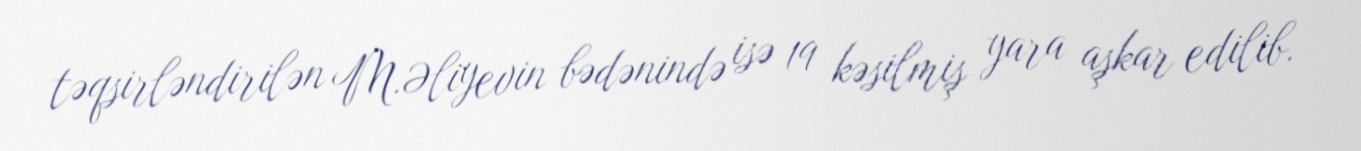
təqsirləndirilən M.Əliyevin bədənində isə 19 kəsilmiş yara aşkar edilib.